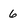
Character: 6